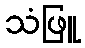
သံဖြူ